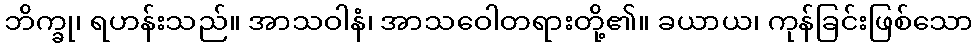
ဘိက္ခု၊ ရဟန်းသည်။ အာသဝါနံ၊ အာသဝေါတရားတို့၏။ ခယာယ၊ ကုန်ခြင်းဖြစ်သော